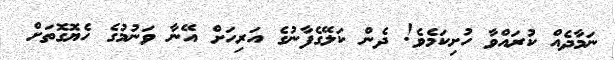
ނަމާދެއް ކުރައްވާ ހުށިކަމެވެ! ދެން ކަލޭގެފާނުގެ އަރިހަށް އޭނާ ވަނުމުގެ ހެޔޮގޮތަށް